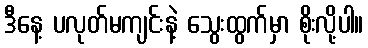
ဒီနေ့ ပလုတ်မကျင်းနဲ့ သွေးထွက်မှာ စိုးလို့ပါ။